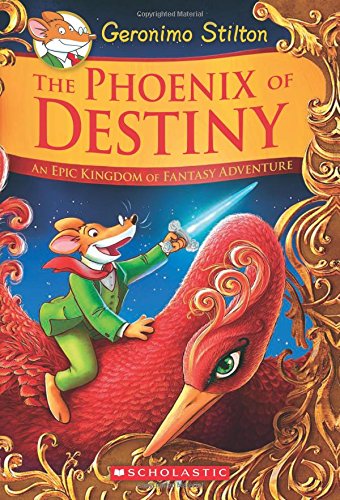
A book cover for The Phoenix of Destiny: An Epic Kingdom of Fantasy Adventure (Geronimo Stilton and the Kingdom of Fantasy: Special Edition); Geronimo Stilton; Children's Books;